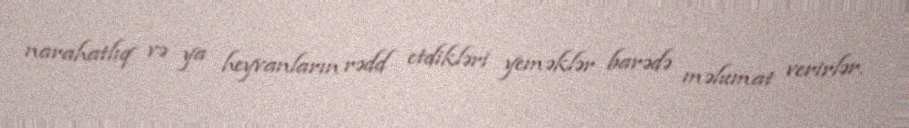
narahatlıq və ya heyvanların rədd etdikləri yeməklər barədə məlumat verirlər.